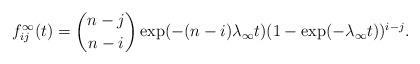
LaTeX: \begin{align*}f^\infty_{ij}(t)={n-j \choose n-i} \exp(-(n-i)\lambda_\infty t)(1-\exp(-\lambda_\infty t))^{i-j}.\end{align*}